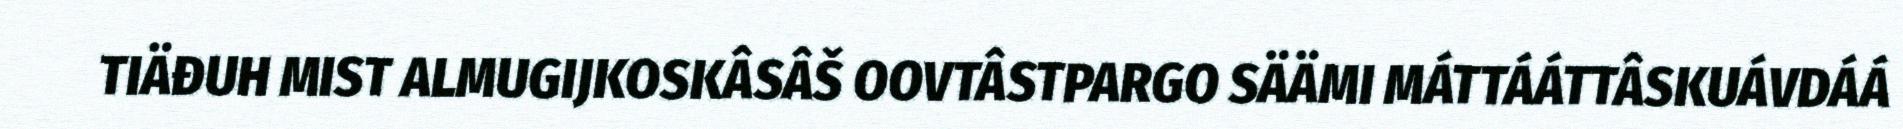
TIÄĐUH MIST ALMUGIJKOSKÂSÂŠ OOVTÂSTPARGO SÄÄMI MÁTTÁÁTTÂSKUÁVDÁÁ